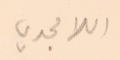
اللامجدي